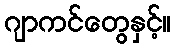
ဂျာကင်တွေနှင့်။